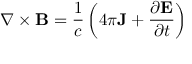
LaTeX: \nabla \times \mathbf { B } = { \frac { 1 } { c } } \left( 4 \pi \mathbf { J } + { \frac { \partial \mathbf { E } } { \partial t } } \right)